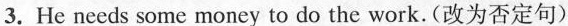
3.He needs some money to do the work.(改为否定句)